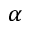
\alpha